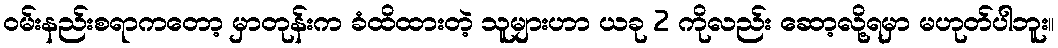
ဝမ်းနည်းစရာကတော့ မှာတုန်းက ခံထိထားတဲ့ သူများဟာ ယခု 2 ကိုလည်း ဆော့လို့ရမှာ မဟုတ်ပါဘူး။